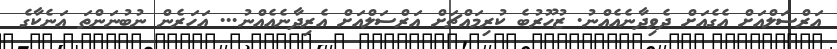
އަރްސަލްއަށް އެގެއަށް ދެވިދާނެއެއްނު. ޒުހޫރުބެ ކުރިމައްޗަށް އަރްސަލްއަށް އެރިދާނެއެއްނު... އަހަރެން ނުބުނަންތަ އަނެކާގެ